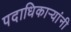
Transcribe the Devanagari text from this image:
पदाधिकार्‍यांनी